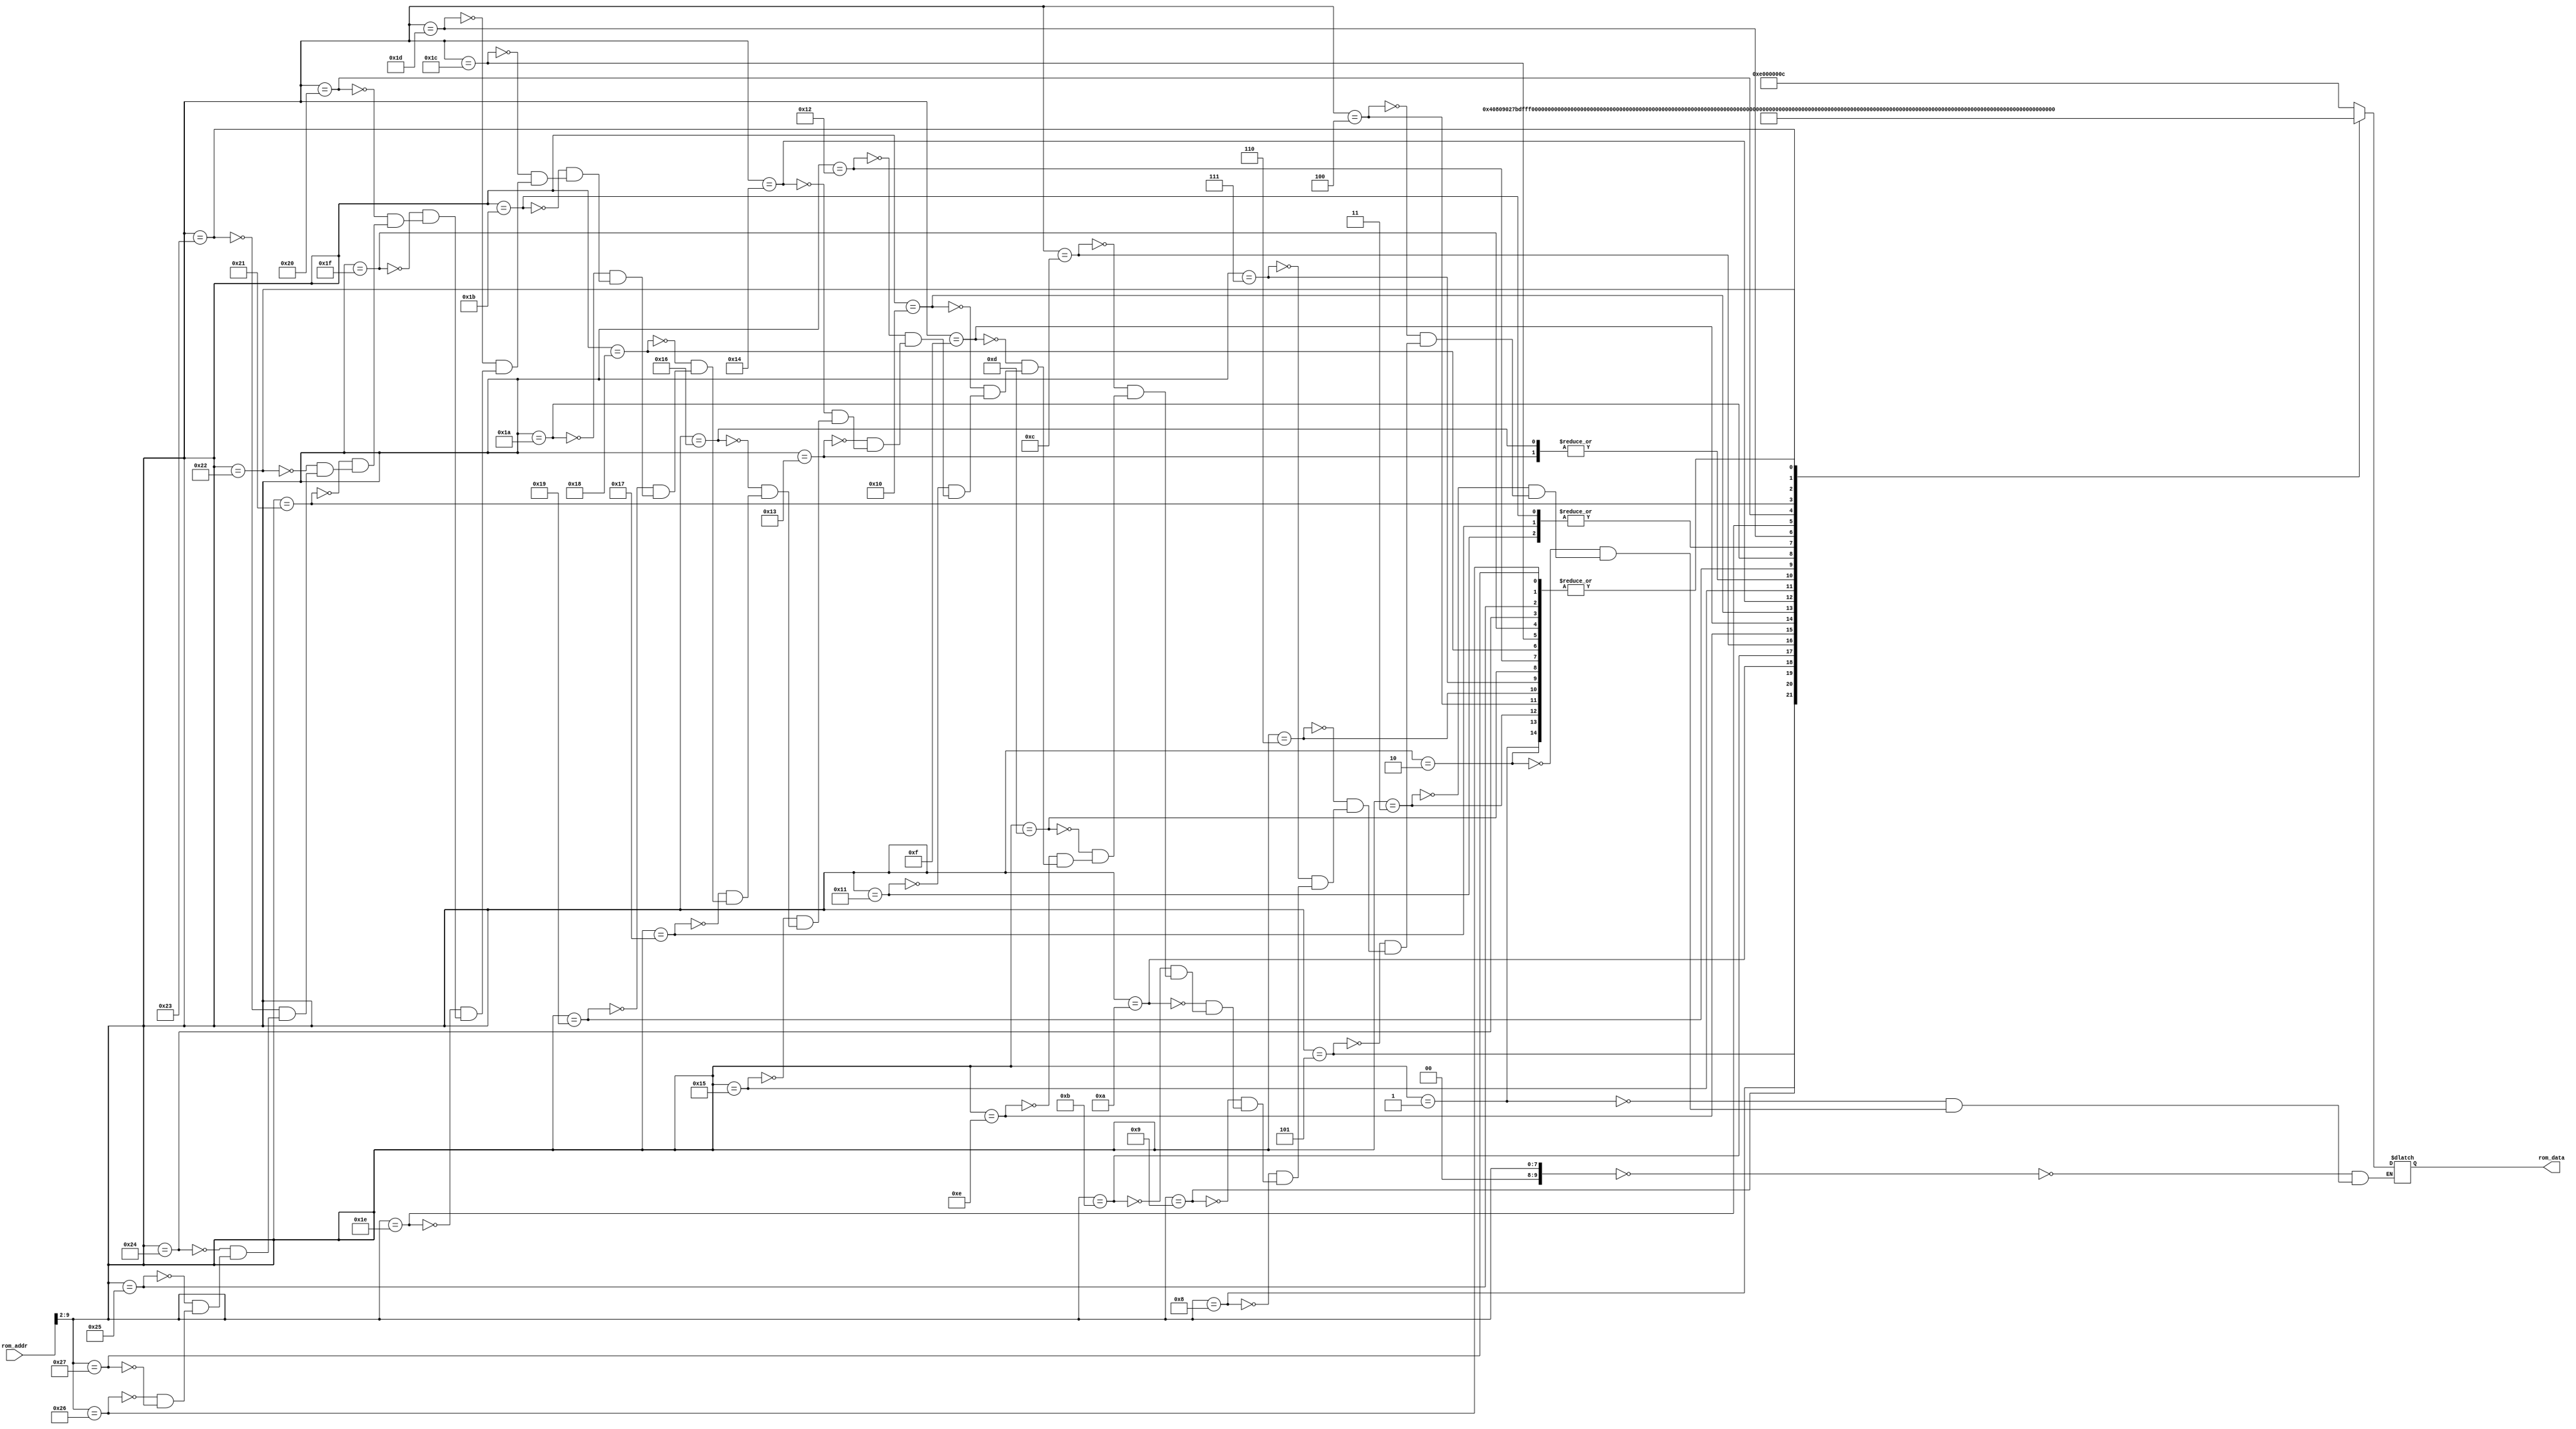
/*******************/
/* rom8x1024_sim.v */
/*******************/

//                  +----+
//  rom_addr[11:0]->|    |->rom_data[31:0]
//                  +----+

//
// ROM
//

module rom8x1024_sim (rom_addr, rom_data);

  input   [11:0]  rom_addr;  // 12-bit 
  output  [31:0]  rom_data;  // 32-bit 

  reg     [31:0]  data;

  // Wire
  wire     [9:0]  word_addr; // 10-bit address, word

  assign word_addr = rom_addr[9:2];
   
  always @(word_addr) begin
    case (word_addr)
      10'h000: data = 32'he000000c; // 00400000: other type! opcode=56(10)
      10'h001: data = 32'h00000000; // 00400004: SLL, REG[0]<=REG[0]<<0;
      10'h002: data = 32'h00000000; // 00400008: SLL, REG[0]<=REG[0]<<0;
      10'h003: data = 32'h00000000; // 0040000c: SLL, REG[0]<=REG[0]<<0;
      10'h004: data = 32'h00000000; // 00400010: SLL, REG[0]<=REG[0]<<0;
      10'h005: data = 32'h00408090; // 00400014: R type, unknown. func=16(10)
      10'h006: data = 32'h00000000; // 00400018: SLL, REG[0]<=REG[0]<<0;
      10'h007: data = 32'h00000000; // 0040001c: SLL, REG[0]<=REG[0]<<0;
      10'h008: data = 32'h27bdfff0; // 00400020: ADDIU, REG[29]<=REG[29]+65520(=0x0000fff0);
      10'h009: data = 32'hafbe0008; // 00400024: SW, RAM[REG[29]+8]<=REG[30];
      10'h00a: data = 32'h03a0f021; // 00400028: ADDU, REG[30]<=REG[29]+REG[0];
      10'h00b: data = 32'hafc00000; // 0040002c: SW, RAM[REG[30]+0]<=REG[0];
      10'h00c: data = 32'h0810001b; // 00400030: J, PC<=0x0010001b*4(=0x0040006c);
      10'h00d: data = 32'h00000000; // 00400034: SLL, REG[0]<=REG[0]<<0;
      10'h00e: data = 32'h24020300; // 00400038: ADDIU, REG[2]<=REG[0]+768(=0x00000300);
      10'h00f: data = 32'hac400000; // 0040003c: SW, RAM[REG[2]+0]<=REG[0];
      10'h010: data = 32'h24030304; // 00400040: ADDIU, REG[3]<=REG[0]+772(=0x00000304);
      10'h011: data = 32'h8fc20000; // 00400044: LW, REG[2]<=RAM[REG[30]+0];
      10'h012: data = 32'h00000000; // 00400048: SLL, REG[0]<=REG[0]<<0;
      10'h013: data = 32'hac620000; // 0040004c: SW, RAM[REG[3]+0]<=REG[2];
      10'h014: data = 32'h24030300; // 00400050: ADDIU, REG[3]<=REG[0]+768(=0x00000300);
      10'h015: data = 32'h24020001; // 00400054: ADDIU, REG[2]<=REG[0]+1(=0x00000001);
      10'h016: data = 32'hac620000; // 00400058: SW, RAM[REG[3]+0]<=REG[2];
      10'h017: data = 32'h8fc20000; // 0040005c: LW, REG[2]<=RAM[REG[30]+0];
      10'h018: data = 32'h00000000; // 00400060: SLL, REG[0]<=REG[0]<<0;
      10'h019: data = 32'h24420001; // 00400064: ADDIU, REG[2]<=REG[2]+1(=0x00000001);
      10'h01a: data = 32'hafc20000; // 00400068: SW, RAM[REG[30]+0]<=REG[2];
      10'h01b: data = 32'h8fc20000; // 0040006c: LW, REG[2]<=RAM[REG[30]+0];
      10'h01c: data = 32'h00000000; // 00400070: SLL, REG[0]<=REG[0]<<0;
      10'h01d: data = 32'h2c42003d; // 00400074: SLTIU, REG[2]<=(REG[2]<61(=0x0000003d))?1:0;
      10'h01e: data = 32'h1440ffef; // 00400078: BNE, PC<=(REG[2] != REG[0])?PC+4+65519*4:PC+4;
      10'h01f: data = 32'h00000000; // 0040007c: SLL, REG[0]<=REG[0]<<0;
      10'h020: data = 32'h03c0e821; // 00400080: ADDU, REG[29]<=REG[30]+REG[0];
      10'h021: data = 32'h8fbe0008; // 00400084: LW, REG[30]<=RAM[REG[29]+8];
      10'h022: data = 32'h27bd0010; // 00400088: ADDIU, REG[29]<=REG[29]+16(=0x00000010);
      10'h023: data = 32'h03e00008; // 0040008c: JR, PC<=REG[31];
      10'h024: data = 32'h00000000; // 00400090: SLL, REG[0]<=REG[0]<<0;
      10'h025: data = 32'h00000000; // 00400094: SLL, REG[0]<=REG[0]<<0;
      10'h026: data = 32'h00000000; // 00400098: SLL, REG[0]<=REG[0]<<0;
      10'h027: data = 32'h00000000; // 0040009c: SLL, REG[0]<=REG[0]<<0;
    endcase
  end

  assign rom_data = data;
endmodule